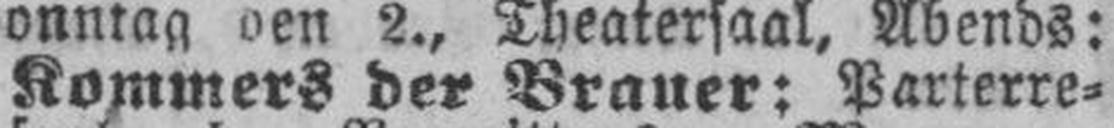
Kommers der Brauer: Parierre¬